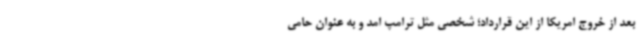
بعد از خروج امریکا از این قرارداد؛ شخصی مثل ترامپ امد و به عنوان حامی